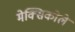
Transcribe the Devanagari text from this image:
मेक्सिकोले